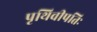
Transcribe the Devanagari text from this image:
पृथिवीपतिः